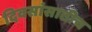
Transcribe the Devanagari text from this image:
दिवसांसाठीच